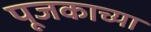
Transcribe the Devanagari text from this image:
पूजकाच्या